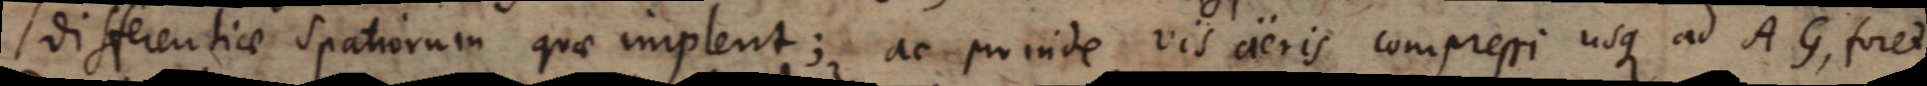
differentiae spatiorum quae implent; ac proinde vis aeris compressi usque ad AG, foret